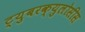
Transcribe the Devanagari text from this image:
ट्युबरक्युलोसीस